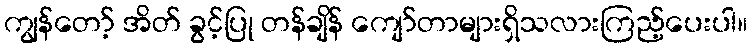
ကျွန်တော့် အိတ် ခွင့်ပြု တန်ချိန် ကျော်တာများရှိသလားကြည့်ပေးပါ။